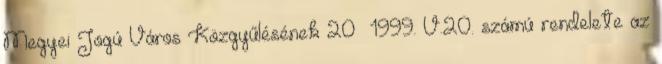
Megyei Jogú Város Közgyűlésének 20 1999. V.20. számú rendelete az